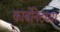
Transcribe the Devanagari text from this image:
कार्बोनेटच्या